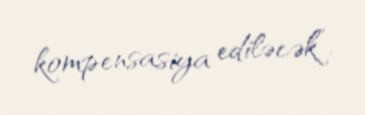
kompensasiya ediləcək”.